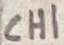
Text: CH1